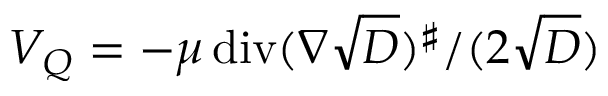
{ V _ { Q } = - \mu \operatorname { d i v } ( \nabla \sqrt { D } ) ^ { \sharp } / ( 2 \sqrt { D } ) }